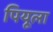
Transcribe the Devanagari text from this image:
पियूला